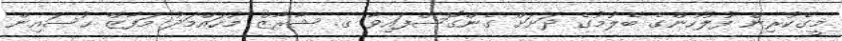
މީގެކުރިން ފުލުހުންގެ ބެލުމުގެ ދަށަށް ގެންގޮސްފައިވާ ގ. ޝާރާޒް މުހައްމަދު މަފާޒް ޙުސައިން